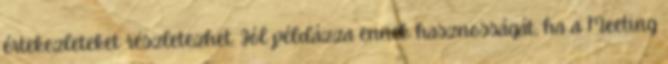
értekezleteket részletezhet. Jól példázza ennek hasznosságát, ha a Meeting